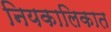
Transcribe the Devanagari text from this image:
नियकालिकात